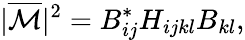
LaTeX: |\overline{{{{\cal M}}}}|^{2}=B_{ij}^{*}H_{ijkl}B_{kl},